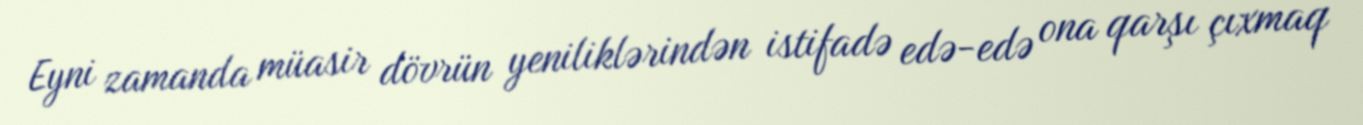
Eyni zamanda müasir dövrün yeniliklərindən istifadə edə-edə ona qarşı çıxmaq